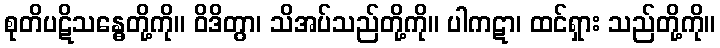
စုတိပဋိသန္ဓေတို့ကို။ ဝိဒိတွာ၊ သိအပ်သည်တို့ကို။ ပါကဋာ၊ ထင်ရှား သည်တို့ကို။